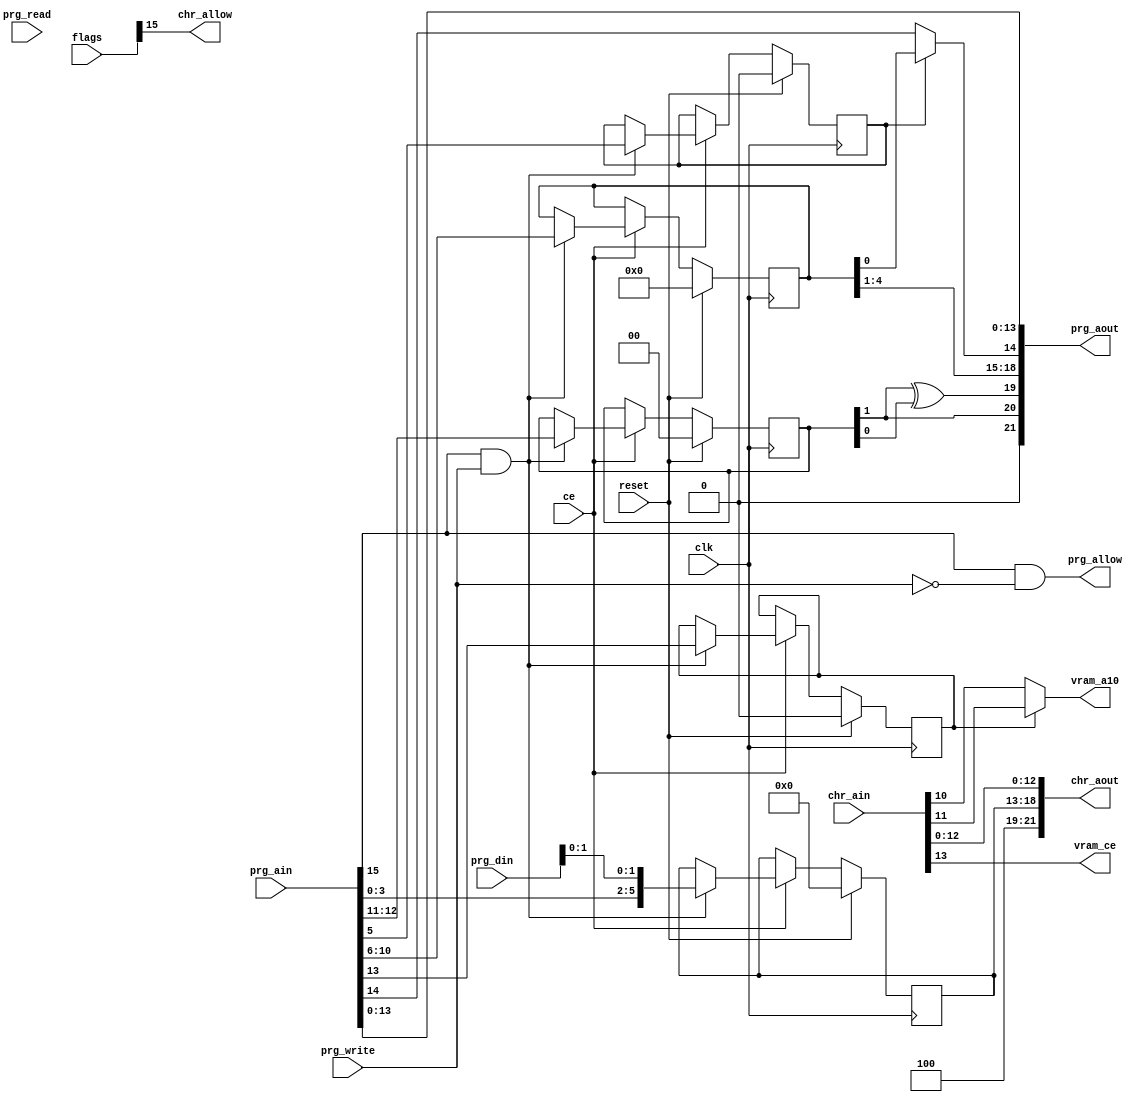
module Mapper228(input clk, input ce, input reset,
                input [31:0] flags,
                input [15:0] prg_ain, output [21:0] prg_aout,
                input prg_read, prg_write,                   
                input [7:0] prg_din,
                output prg_allow,                          
                input [13:0] chr_ain, output [21:0] chr_aout,
                output chr_allow,                             
                output vram_a10,                              
                output vram_ce);                              
  reg mirroring;
  reg [1:0] prg_chip;
  reg [4:0] prg_bank;
  reg prg_bank_mode;
  reg [5:0] chr_bank;
  always @(posedge clk) if (reset) begin
    {mirroring, prg_chip, prg_bank, prg_bank_mode} <= 0;
    chr_bank <= 0;
  end else if (ce) begin
    if (prg_ain[15] & prg_write) begin
      {mirroring, prg_chip, prg_bank, prg_bank_mode} <= prg_ain[13:5];
      chr_bank <= {prg_ain[3:0], prg_din[1:0]};
    end
  end
  assign vram_a10 = mirroring ? chr_ain[11] : chr_ain[10];
  wire prglow = prg_bank_mode ? prg_bank[0] : prg_ain[14];
  wire [1:0] addrsel = {prg_chip[1], prg_chip[1] ^ prg_chip[0]};
  assign prg_aout = {1'b0, addrsel, prg_bank[4:1], prglow, prg_ain[13:0]};
  assign prg_allow = prg_ain[15] && !prg_write;
  assign chr_allow = flags[15];
  assign chr_aout = {3'b10_0, chr_bank, chr_ain[12:0]};
  assign vram_ce = chr_ain[13];
endmodule